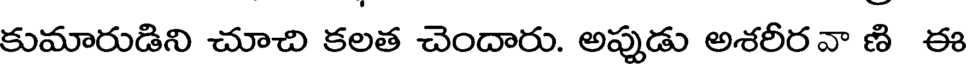
కుమారుడిని చూచి కలత చెందారు. అప్పుడు అశరీర వా ణి ఈ